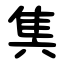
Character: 䧶